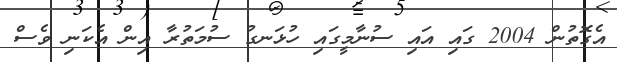
އެގޮތުން 2004 ގައި އައި ސުނާމީގައި ހުޅަނގު ސުމަތުރާ އިން އެކަނި ވެސް